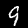
Label: 9